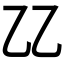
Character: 𠃐